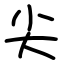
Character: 尖